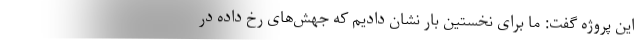
این پروژه گفت: ما برای نخستین بار نشان دادیم که جهش‌های رخ داده در